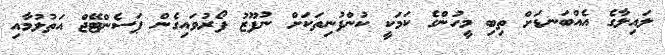
ލައިލާގެ އެއްބަނޑަށް ތިބި މީހުންގެ ކަމަކީ ކުންފުނިތަކަށް ނުފޫޒު ފޯރުވައިގެން ޕަސެންޓޭޖް އަތުލުމާއި